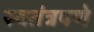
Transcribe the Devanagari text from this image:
स्‍वतंत्रपणे